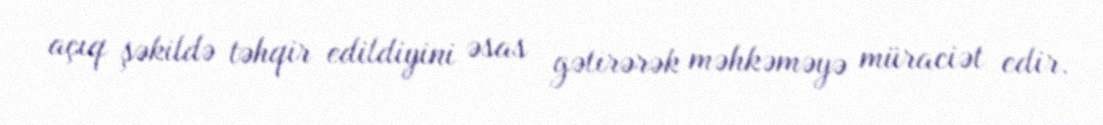
açıq şəkildə təhqir edildiyini əsas gətirərək məhkəməyə müraciət edir.